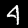
Digit: 4